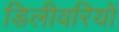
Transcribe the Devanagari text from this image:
डिलीवरियों